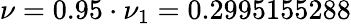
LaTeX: \nu=0.95\cdot\nu_{1}=0.2995155288